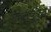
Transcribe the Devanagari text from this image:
स्वस्फ़ूर्त